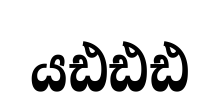
යඪඪඪ